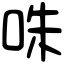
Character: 咮